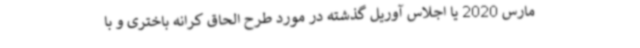
مارس 2020 یا اجلاس آوریل گذشته در مورد طرح الحاق کرانه باختری و با